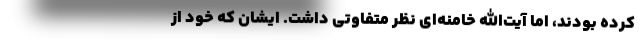
کرده بودند، اما آیت‌الله خامنه‌ای نظر متفاوتی داشت. ایشان که خود از